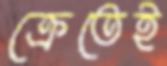
ক্রেতেই